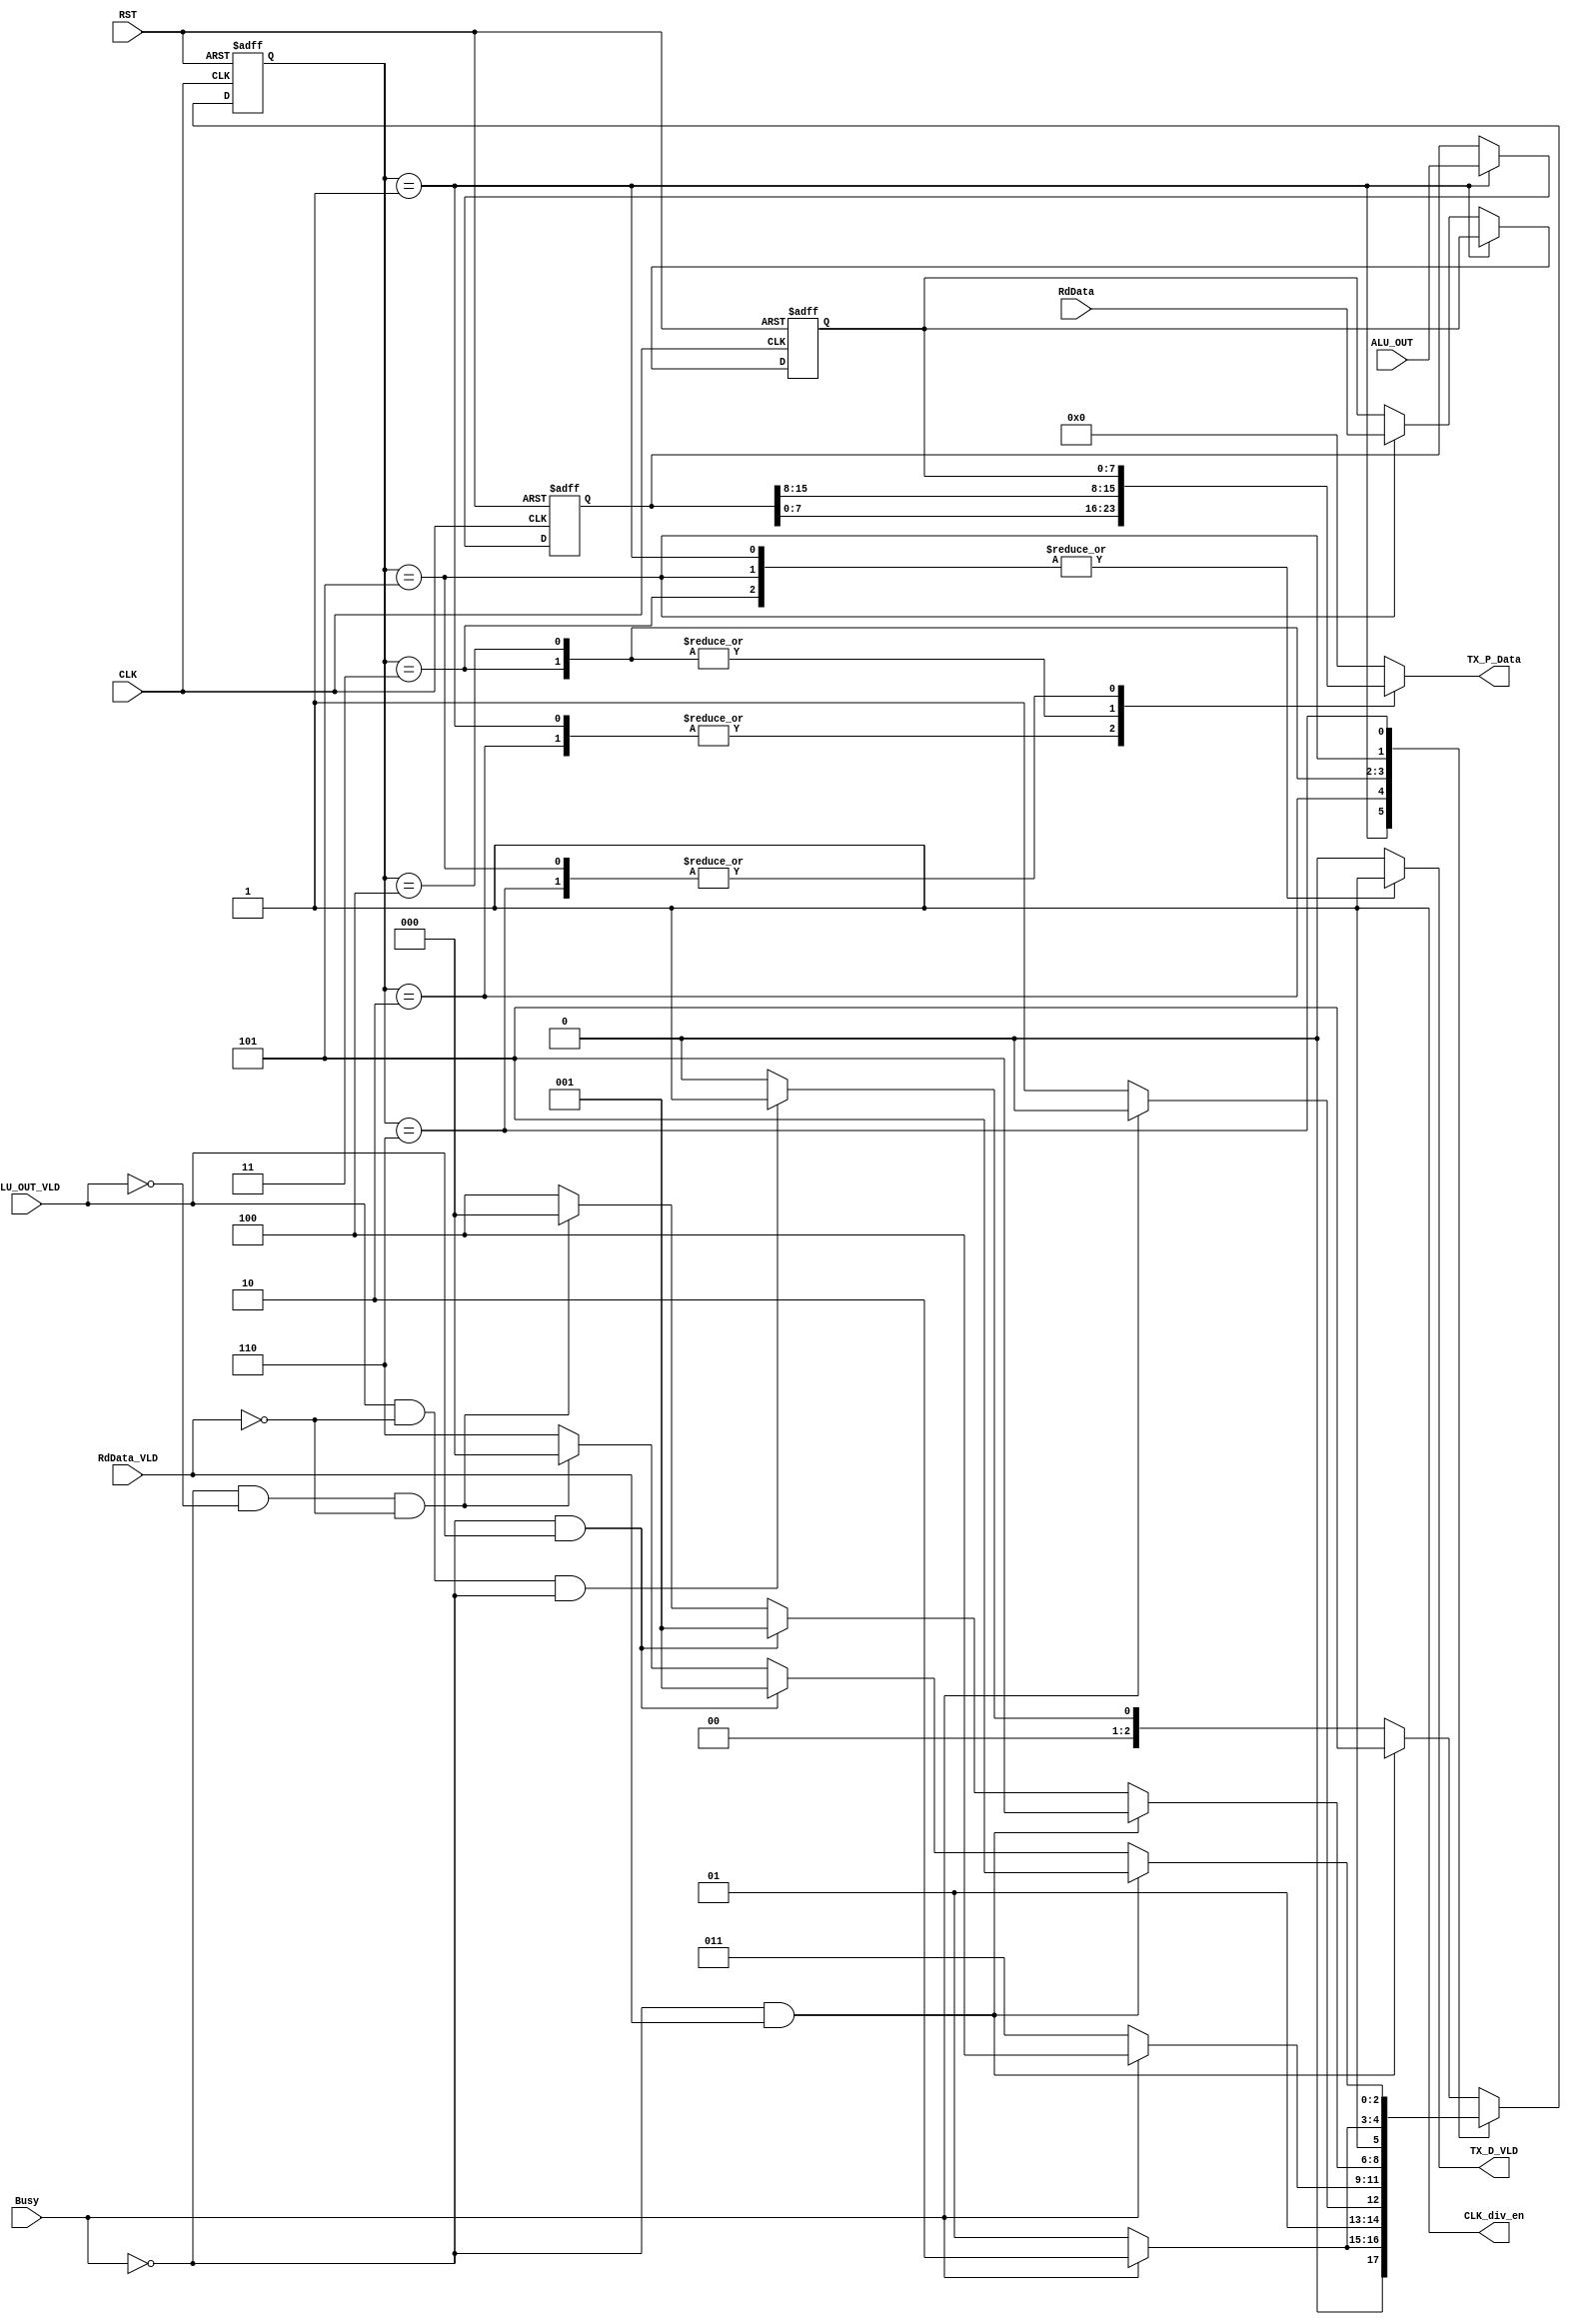
module Controller_FSM_TX (
    input wire ALU_OUT_VLD, RdData_VLD, Busy, CLK, RST,
    input wire [15:0] ALU_OUT,
    input wire [7:0]    RdData,
    output reg [7:0] TX_P_Data,
    output reg TX_D_VLD, CLK_div_en
);

localparam  IDLE = 0,
            ALU_OUT_VLD1 = 1,
            ALU_OUT_Busy1 = 2,
            ALU_OUT_VLD2 = 3,
            ALU_OUT_Busy2 = 4,
            REG_Rd_VLD = 5,
            REG_Rd_Busy = 6;

reg [2:0] Current_State, Next_State;
reg [15:0] REG_ALU_OUT;
reg [7:0]   REG_RdData;


always @(posedge CLK or negedge RST) 
begin
    if(!RST)
    begin
        Current_State <= IDLE;
    end    
    else
    begin
        Current_State <= Next_State;
    end
end

always @(*) 
begin
    TX_P_Data = 8'b0;
    TX_D_VLD = 1'b0; 
    CLK_div_en = 1'b1;
    case (Current_State)
        IDLE:
            begin
                if(RdData_VLD && !Busy)
                begin
                    Next_State = REG_Rd_VLD;
                end
                else if(ALU_OUT_VLD && !RdData_VLD && !Busy)
                begin
                    Next_State = ALU_OUT_VLD1;
                end
                else
                begin
                    Next_State = IDLE;
                end
            end 

        ALU_OUT_VLD1:
            begin
                TX_P_Data = REG_ALU_OUT[7:0]; //--------if the TX catches zeros then change this line of code to "ALU_OUT"
                TX_D_VLD = 1'b1;
                if (Busy) 
                begin
                    Next_State = ALU_OUT_Busy1;
                end
                else
                begin
                    Next_State = ALU_OUT_VLD1;
                end
            end

        ALU_OUT_Busy1:
            begin
                TX_P_Data = REG_ALU_OUT[7:0];
                if(!Busy)
                begin
                    Next_State = ALU_OUT_VLD2;
                end
                else 
                begin
                    Next_State = ALU_OUT_Busy1;
                end
            end

        ALU_OUT_VLD2:
            begin
                TX_P_Data = REG_ALU_OUT[15:8];
                TX_D_VLD = 1'b1;
                if(Busy)
                begin
                    Next_State = ALU_OUT_Busy2;
                end
                else
                begin
                    Next_State = ALU_OUT_VLD2;
                end
            end

        ALU_OUT_Busy2:
            begin
                TX_P_Data = REG_ALU_OUT[15:8];
                if (!Busy && RdData_VLD) 
                begin
                    Next_State = REG_Rd_VLD;
                end
                else if(!Busy && ALU_OUT_VLD)
                begin
                    Next_State = ALU_OUT_VLD1;
                end
                else if(!Busy && !ALU_OUT_VLD && !RdData_VLD)
                begin
                    Next_State = IDLE;
                end
                else
                begin
                    Next_State = ALU_OUT_Busy2;
                end
            end   

        REG_Rd_VLD:
            begin
                TX_P_Data = REG_RdData; //--------if the TX catches zeros then change this line of code to "RdData"
                TX_D_VLD = 1'b1;
                if (Busy) 
                begin
                    Next_State = REG_Rd_Busy;
                end
                else
                begin
                    Next_State = REG_Rd_VLD;
                end
            end

        REG_Rd_Busy:
            begin
                TX_P_Data = REG_RdData;
                if (!Busy && RdData_VLD) 
                begin
                    Next_State = REG_Rd_VLD;
                end
                else if(!Busy && ALU_OUT_VLD)
                begin
                    Next_State = ALU_OUT_VLD1;
                end
                else if(!Busy && !ALU_OUT_VLD && !RdData_VLD)
                begin
                    Next_State = IDLE;
                end
                else
                begin
                    Next_State = REG_Rd_Busy;
                end
            end

        default: 
            begin
                if(RdData_VLD && !Busy)
                begin
                    Next_State = REG_Rd_VLD;
                end
                else if(ALU_OUT_VLD && !RdData_VLD && !Busy)
                begin
                    Next_State = ALU_OUT_VLD1;
                end
                else
                begin
                    Next_State = IDLE;
                end
            end 
    endcase

end


always @(posedge CLK or negedge RST) 
begin
    if(!RST)
    begin
        REG_ALU_OUT <= 16'b0;
        REG_RdData <= 8'b0;
    end
    else if((Current_State == ALU_OUT_VLD1))
    begin
        REG_ALU_OUT <= ALU_OUT;
    end
    else if((Current_State == REG_Rd_VLD))
    begin
        REG_RdData <= RdData;
    end
end
    
endmodule